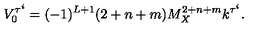
V _ { 0 } ^ { \tau ^ { i } } = ( - 1 ) ^ { L + 1 } ( 2 + n + m ) M _ { X } ^ { 2 + n + m } k ^ { \tau ^ { i } } . \,